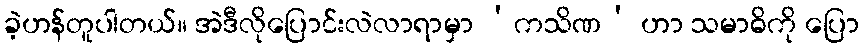
ခဲ့ဟန်တူပါတယ်။ အဲဒီလိုပြောင်းလဲလာရာမှာ ‘ကသိဏ’ ဟာ သမာဓိကို ပြော